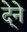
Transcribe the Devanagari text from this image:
दे्ने